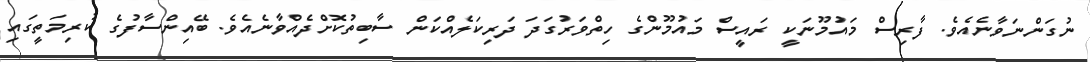
ނުގަންނަވާނެއެވެ. ފާރިސް މައުމޫނަކީ ރައީސް މައުމޫންގެ ހިތްވަރުގަދަ ދަރިކަލެއްކަން ސާބިތުކޮށްދެއްވާނެއެވެ. ބޭއިންސާފުގެ ކުރިމަތީގައި